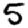
Digit: 5